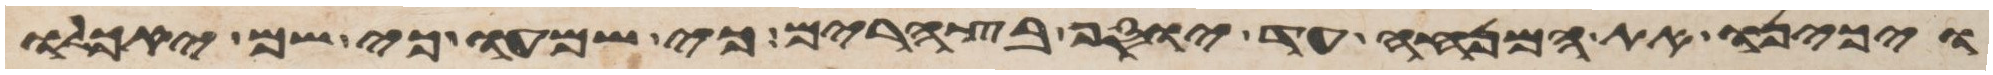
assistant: ויכינו את המנחה עד בא יוסף בצהרים כי שמעו כי שם יאכלו